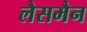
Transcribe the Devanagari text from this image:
लैसमैन